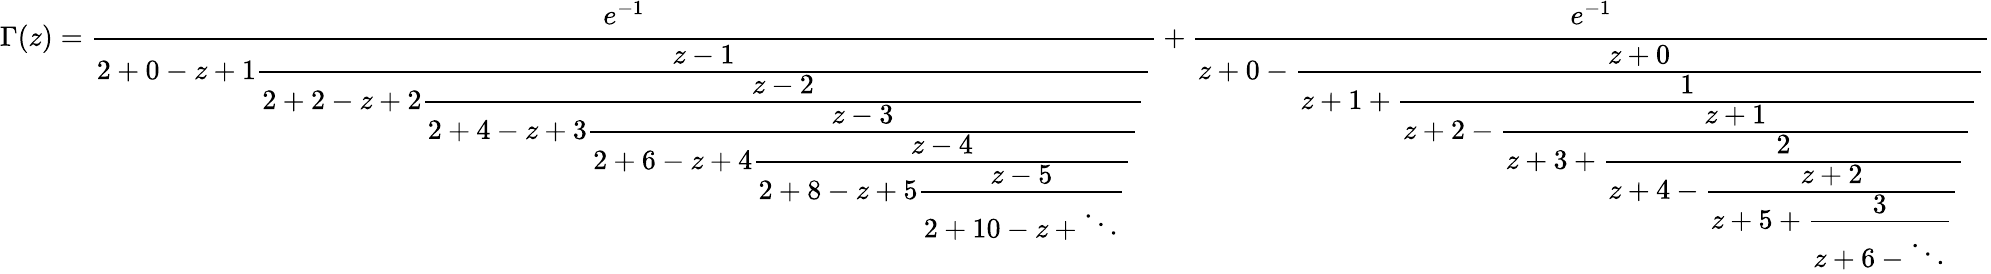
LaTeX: \Gamma(z)={\cfrac{e^{-1}}{2+0-z+1{\cfrac{z-1}{2+2-z+2{\cfrac{z-2}{2+4-z+3{\cfrac{z-3}{2+6-z+4{\cfrac{z-4}{2+8-z+5{\cfrac{z-5}{2+10-z+\ddots}}}}}}}}}}}}+{\cfrac{e^{-1}}{z+0-{\cfrac{z+0}{z+1+{\cfrac{1}{z+2-{\cfrac{z+1}{z+3+{\cfrac{2}{z+4-{\cfrac{z+2}{z+5+{\cfrac{3}{z+6-\ddots}}}}}}}}}}}}}}